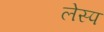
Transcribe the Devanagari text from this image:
लेस्प